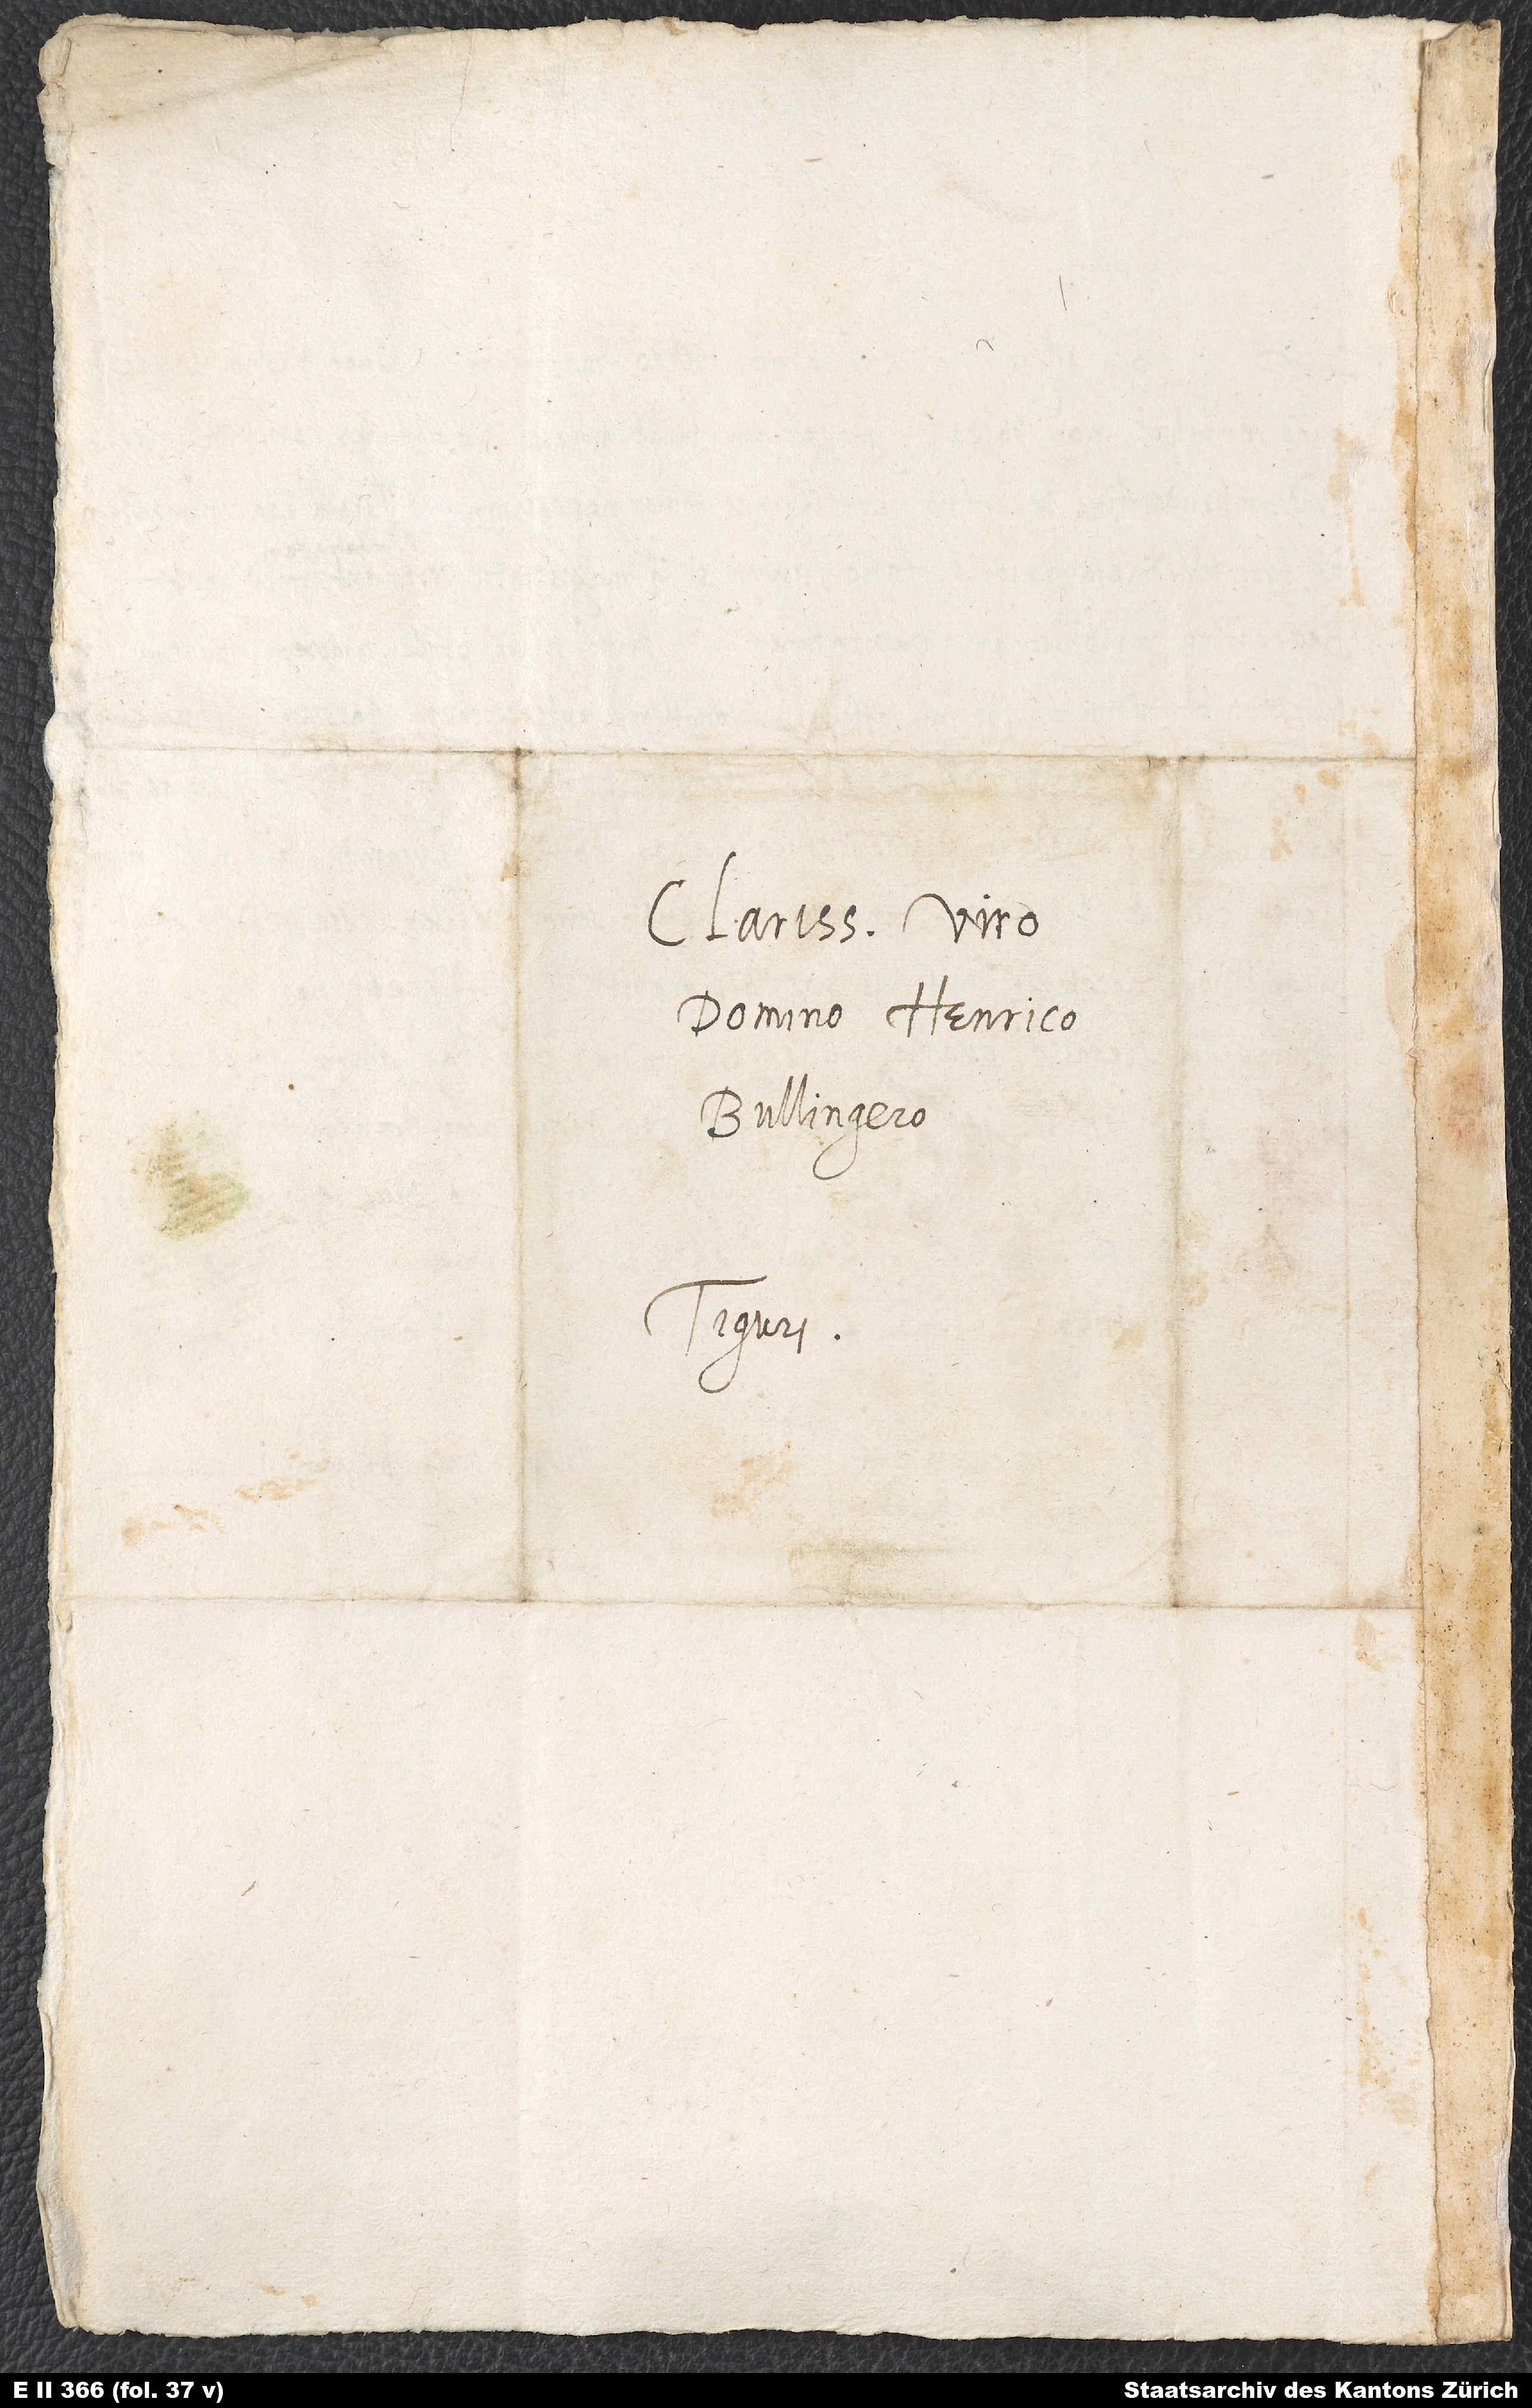
Clarissimo viro
domino Henrico
Bullingero.
Tiguri.